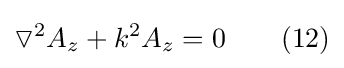
\triangledown ^{2}A_{z}+k^{2}A_{z}=0\ \ \ \ \ \ (12)